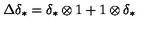
\Delta \delta _ { * } = \delta _ { * } \otimes 1 + 1 \otimes \delta _ { * }